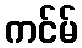
ကင်မ်